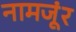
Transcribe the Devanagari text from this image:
नामजूंर